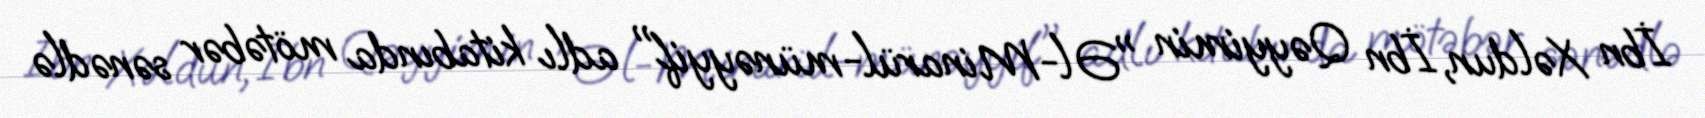
İbn Xəldun, İbn Qəyyimin "Əl-Minarül-münəyyif" adlı kitabında mötəbər sənədlə